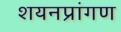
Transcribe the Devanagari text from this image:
शयनप्रांगण